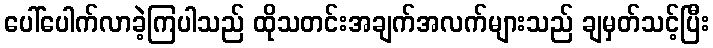
ပေါ်ပေါက်လာခဲ့ကြပါသည် ထိုသတင်းအချက်အလက်များသည် ချမှတ်သင့်ပြီး